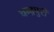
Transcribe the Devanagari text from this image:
चन्द्रपुरी